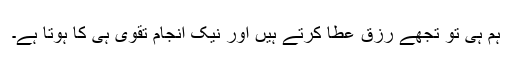
ہم ہی تو تجھے رزق عطا کرتے ہیں اور نیک انجام تقویٰ ہی کا ہوتا ہے۔